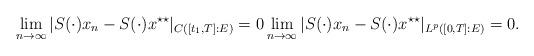
LaTeX: \begin{align*} \lim_{n \to \infty} |S(\cdot)x_n - S(\cdot)x^{\star\star}|_{C([t_1,T]:E)} =0 \lim_{n \to \infty} |S(\cdot)x_n -S(\cdot)x^{\star\star}|_{L^p([0,T]:E)} = 0.\end{align*}